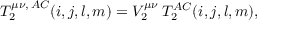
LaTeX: T _ { 2 } ^ { \mu \nu , \, A C } ( i , j , l , m ) = V _ { 2 } ^ { \mu \nu } \: T _ { 2 } ^ { A C } ( i , j , l , m ) ,